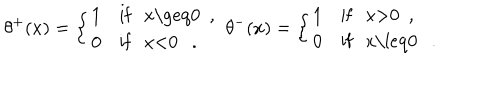
\theta ^ { + } ( x ) = \left\{ \begin{array} { l l } { { 1 } } & { { \mathrm { i f ~ x \geq 0 ~ , ~ } } } \\ { { 0 } } & { { \mathrm { i f ~ x < 0 ~ . ~ } } } \\ \end{array} \right. \theta ^ { - } ( x ) = \left\{ \begin{array} { l l } { { 1 } } & { { \mathrm { i f ~ x > 0 ~ , ~ } } } \\ { { 0 } } & { { \mathrm { i f ~ x \leq 0 ~ . ~ } } } \\ \end{array} \right.